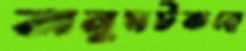
অনুঘটকত্বে